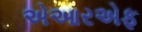
એઆરએફ